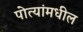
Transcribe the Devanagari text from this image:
पोत्यांमधील